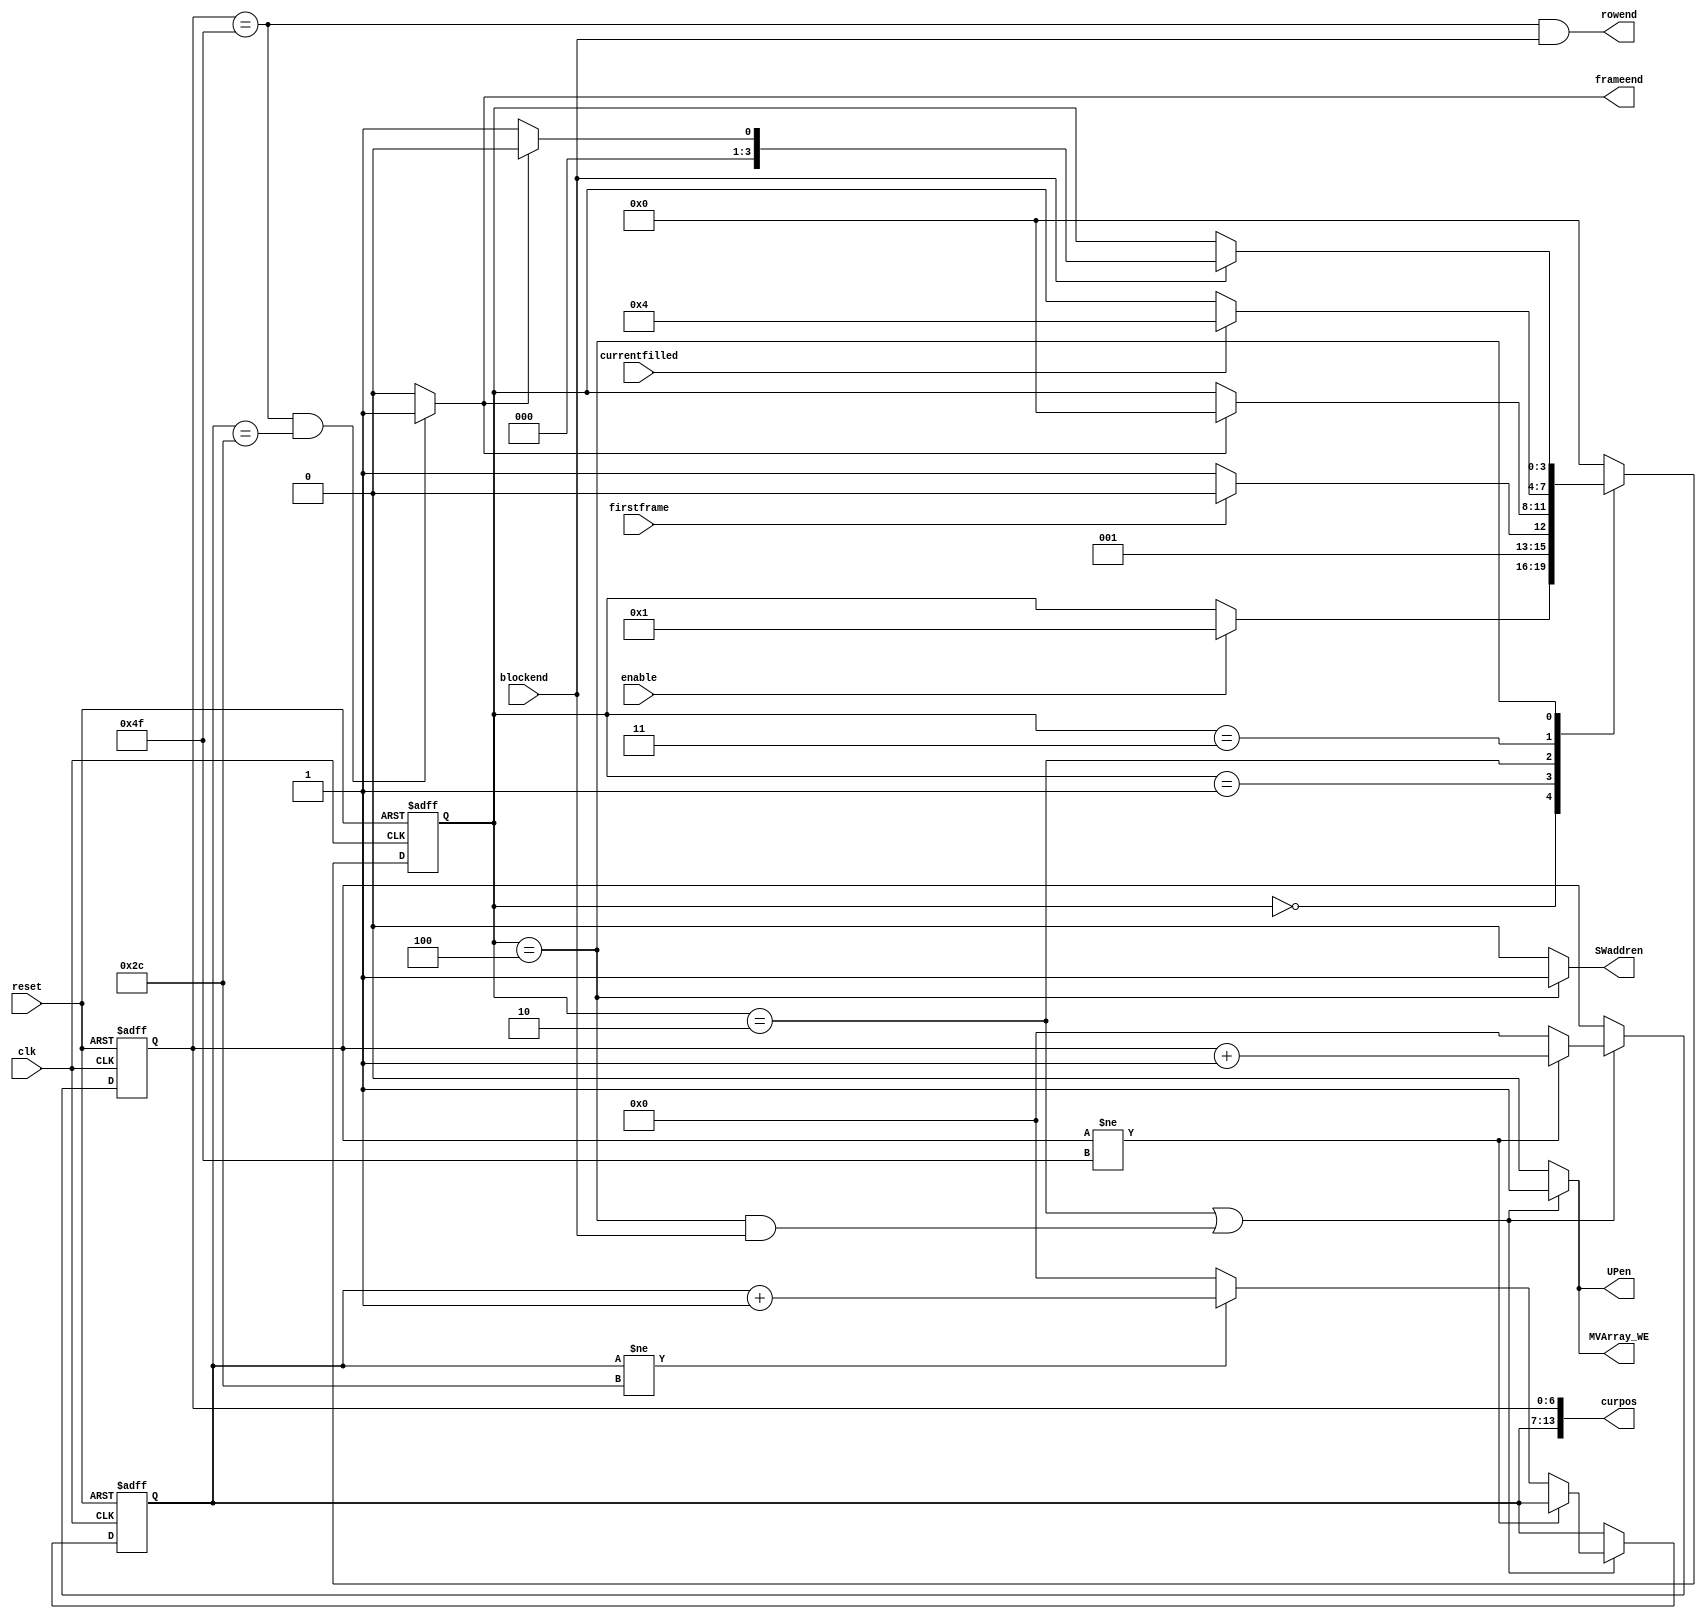
module Controller(clk,reset,enable,UPen,SWaddren,MVArray_WE,curpos,firstframe,blockend,rowend,currentfilled,frameend);
input clk,reset,enable,firstframe,blockend,currentfilled;
output reg UPen,MVArray_WE,frameend;
output [13:0] curpos;
output SWaddren,rowend;
reg [6:0] count_x,count_y;

parameter totalblockX = 79;
parameter totalblockY = 44;

parameter init = 0, MEinit = 1, MEfirst = 2, FillCurrent = 3, /*FillSearch = 4, */process = 4;
reg [3:0] State;
wire countenable;
//reg currentfilled, searchfilled;
assign curpos = {count_y,count_x};

always @ (posedge clk, posedge reset)
begin
    if (reset)
    State <= init;
    else
    begin
       case (State)
           init:
           begin
               if (enable)
                  State <= MEinit;
           end
           MEinit:
           begin
               if (firstframe)
                  State <= MEfirst;
               else
                  State <= FillCurrent;
           end
           MEfirst:
               if (frameend)
                  State <= init;
           FillCurrent:
           begin
               if (currentfilled)
               State <= process;
           end
           //FillSearch:
           //begin
             //  if (searchfilled)
              // State <= process;
           //end
           process:
           begin
               if (blockend)
                  if (frameend)
                     State <= init;
                  else
                     State <= MEinit;
                    
           end
           default:
              State <= init;
       endcase
              
    end
end

assign SWaddren = (State == process) ? 1 : 0;

/*always@(*)
begin
    case(State)
        processMV1:
        begin
            SW_Addr_Control = 0;
        end
        processMV2:
        begin
            SW_Addr_Control = 1;
        end
        processMV3:
        begin
            SW_Addr_Control = 2;
        end
        default:
        begin
            SW_Addr_Control = 0;
        end
    endcase
end*/


assign countenable = ((State == MEfirst) || ((State == process) && blockend));
/*always@(*)
begin
    case(State)
        process,MEfirst:
        begin
            countenable = 1;
        end
        default:
        begin
            countenable = 0;
        end
    endcase
end*/

always@(posedge clk, posedge reset)
begin
    if(reset)
    begin
        count_x <= 0;
        count_y <= 0;
    end
    else if (countenable)
    begin
        if (count_x != totalblockX)
        begin
           count_x <= count_x + 1;
       end
       else
       begin
          count_x <= 0;
          if (count_y != totalblockY)
          count_y <= count_y + 1;
          else
          count_y <= 0;
       end
    end  
 end  
 
 assign rowend = (count_x == totalblockX) && blockend;
 
 always @ (*)
 begin
     if (count_x == totalblockX && count_y == totalblockY)
     frameend = 1;
     else
     frameend = 0;
 end
 
 always @ (*)
 begin
     if (countenable)
     UPen = 1;
     
     else
     UPen = 0;
 end
 
  always @ (*)
 begin
     if ((State == MEfirst) || (State == process && blockend))
     MVArray_WE = 1;
     
     else
     MVArray_WE = 0;
 end






endmodule